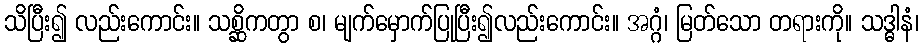
သိပြီး၍ လည်းကောင်း။ သစ္ဆိကတွာ စ၊ မျက်မှောက်ပြုပြီး၍လည်းကောင်း။ အဂ္ဂံ၊ မြတ်သော တရားကို။ သဒ္ဓါနံ၊